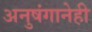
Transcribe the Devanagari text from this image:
अनुषंगानेही